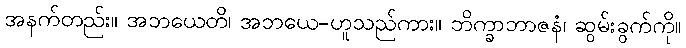
အနက်တည်း။ အဘယေတိ၊ အဘယေ-ဟူသည်ကား။ ဘိက္ခာဘာဇနံ၊ ဆွမ်းခွက်ကို။